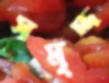
সমৃদ্দ